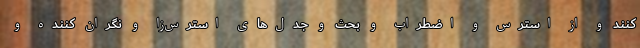
کنند و از استرس و اضطراب و بحث و جدل‌های استرس‌زا و نگران کننده و